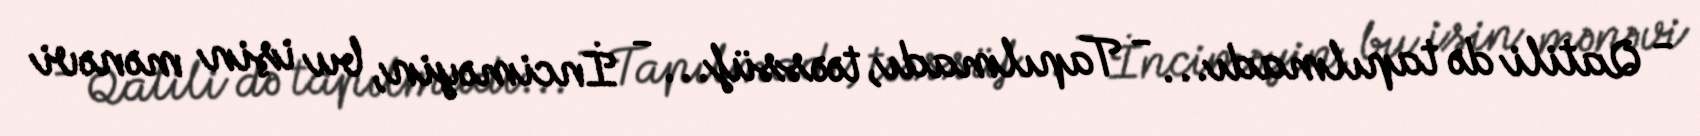
- Qatili də tapılmadı... - Tapılmadı, təəssüf... - İnciməyin, bu işin mənəvi